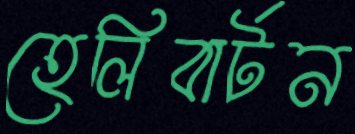
হেলিবার্টন